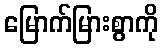
မြောက်မြားစွာကို